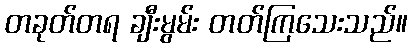
တခုတ်တရ ချီးမွမ်း တတ်ကြသေးသည်။